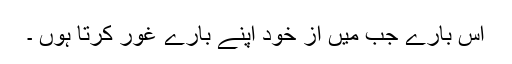
اس بارے جب میں از خود اپنے بارے غور کرتا ہُوں ۔